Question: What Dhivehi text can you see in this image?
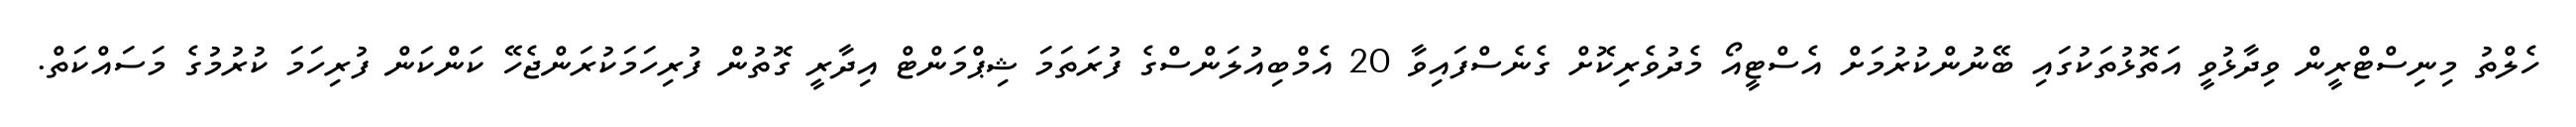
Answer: ހެލްތު މިނިސްޓްރީން ވިދާޅުވީ އަތޮޅުތަކުގައި ބޭނުންކުރުމަށް އެސްޓީއޯ މެދުވެރިކޮށް ގެނެސްފައިވާ 20 އެމްބިއުލަންސްގެ ފުރަތަމަ ޝިޕްމަންޓް އިދާރީ ގޮތުން ފުރިހަމަކުރަންޖެހޭ ކަންކަން ފުރިހަމަ ކުރުމުގެ މަސައްކަތް.